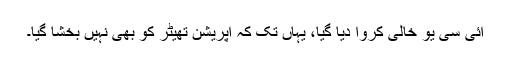
آئی سی یو خالی کروا دیا گیا، یہاں تک کہ آپریشن تھیٹر کو بھی نہیں بخشا گیا۔